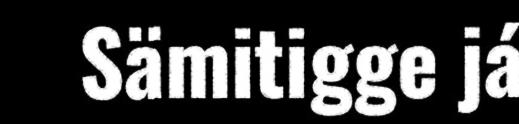
Sämitigge já